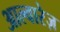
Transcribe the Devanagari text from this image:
आल्वारेज़